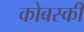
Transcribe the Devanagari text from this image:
कोबस्की